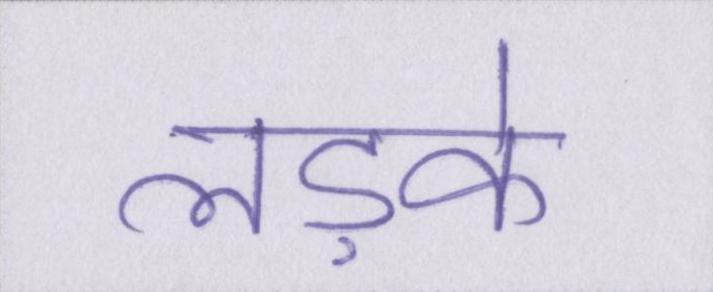
लड़के